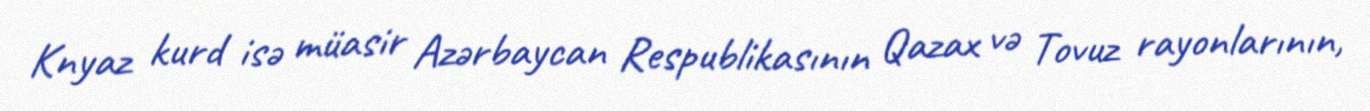
Knyaz kurd isə müasir Azərbaycan Respublikasının Qazax və Tovuz rayonlarının,